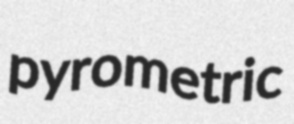
pyrometric